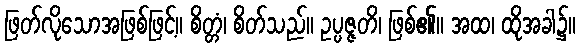
ဖြတ်လိုသောအဖြစ်ဖြင့်။ စိတ္တံ၊ စိတ်သည်။ ဥပ္ပဇ္ဇတိ၊ ဖြစ်၏။ အထ၊ ထိုအခါ၌။